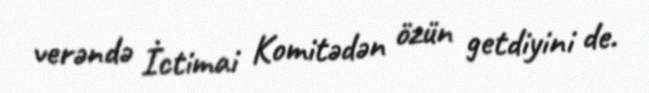
verəndə İctimai Komitədən özün getdiyini de.